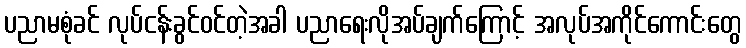
ပညာမစုံခင် လုပ်ငန်းခွင်ဝင်တဲ့အခါ ပညာရေးလိုအပ်ချက်ကြောင့် အလုပ်အကိုင်ကောင်းတွေ